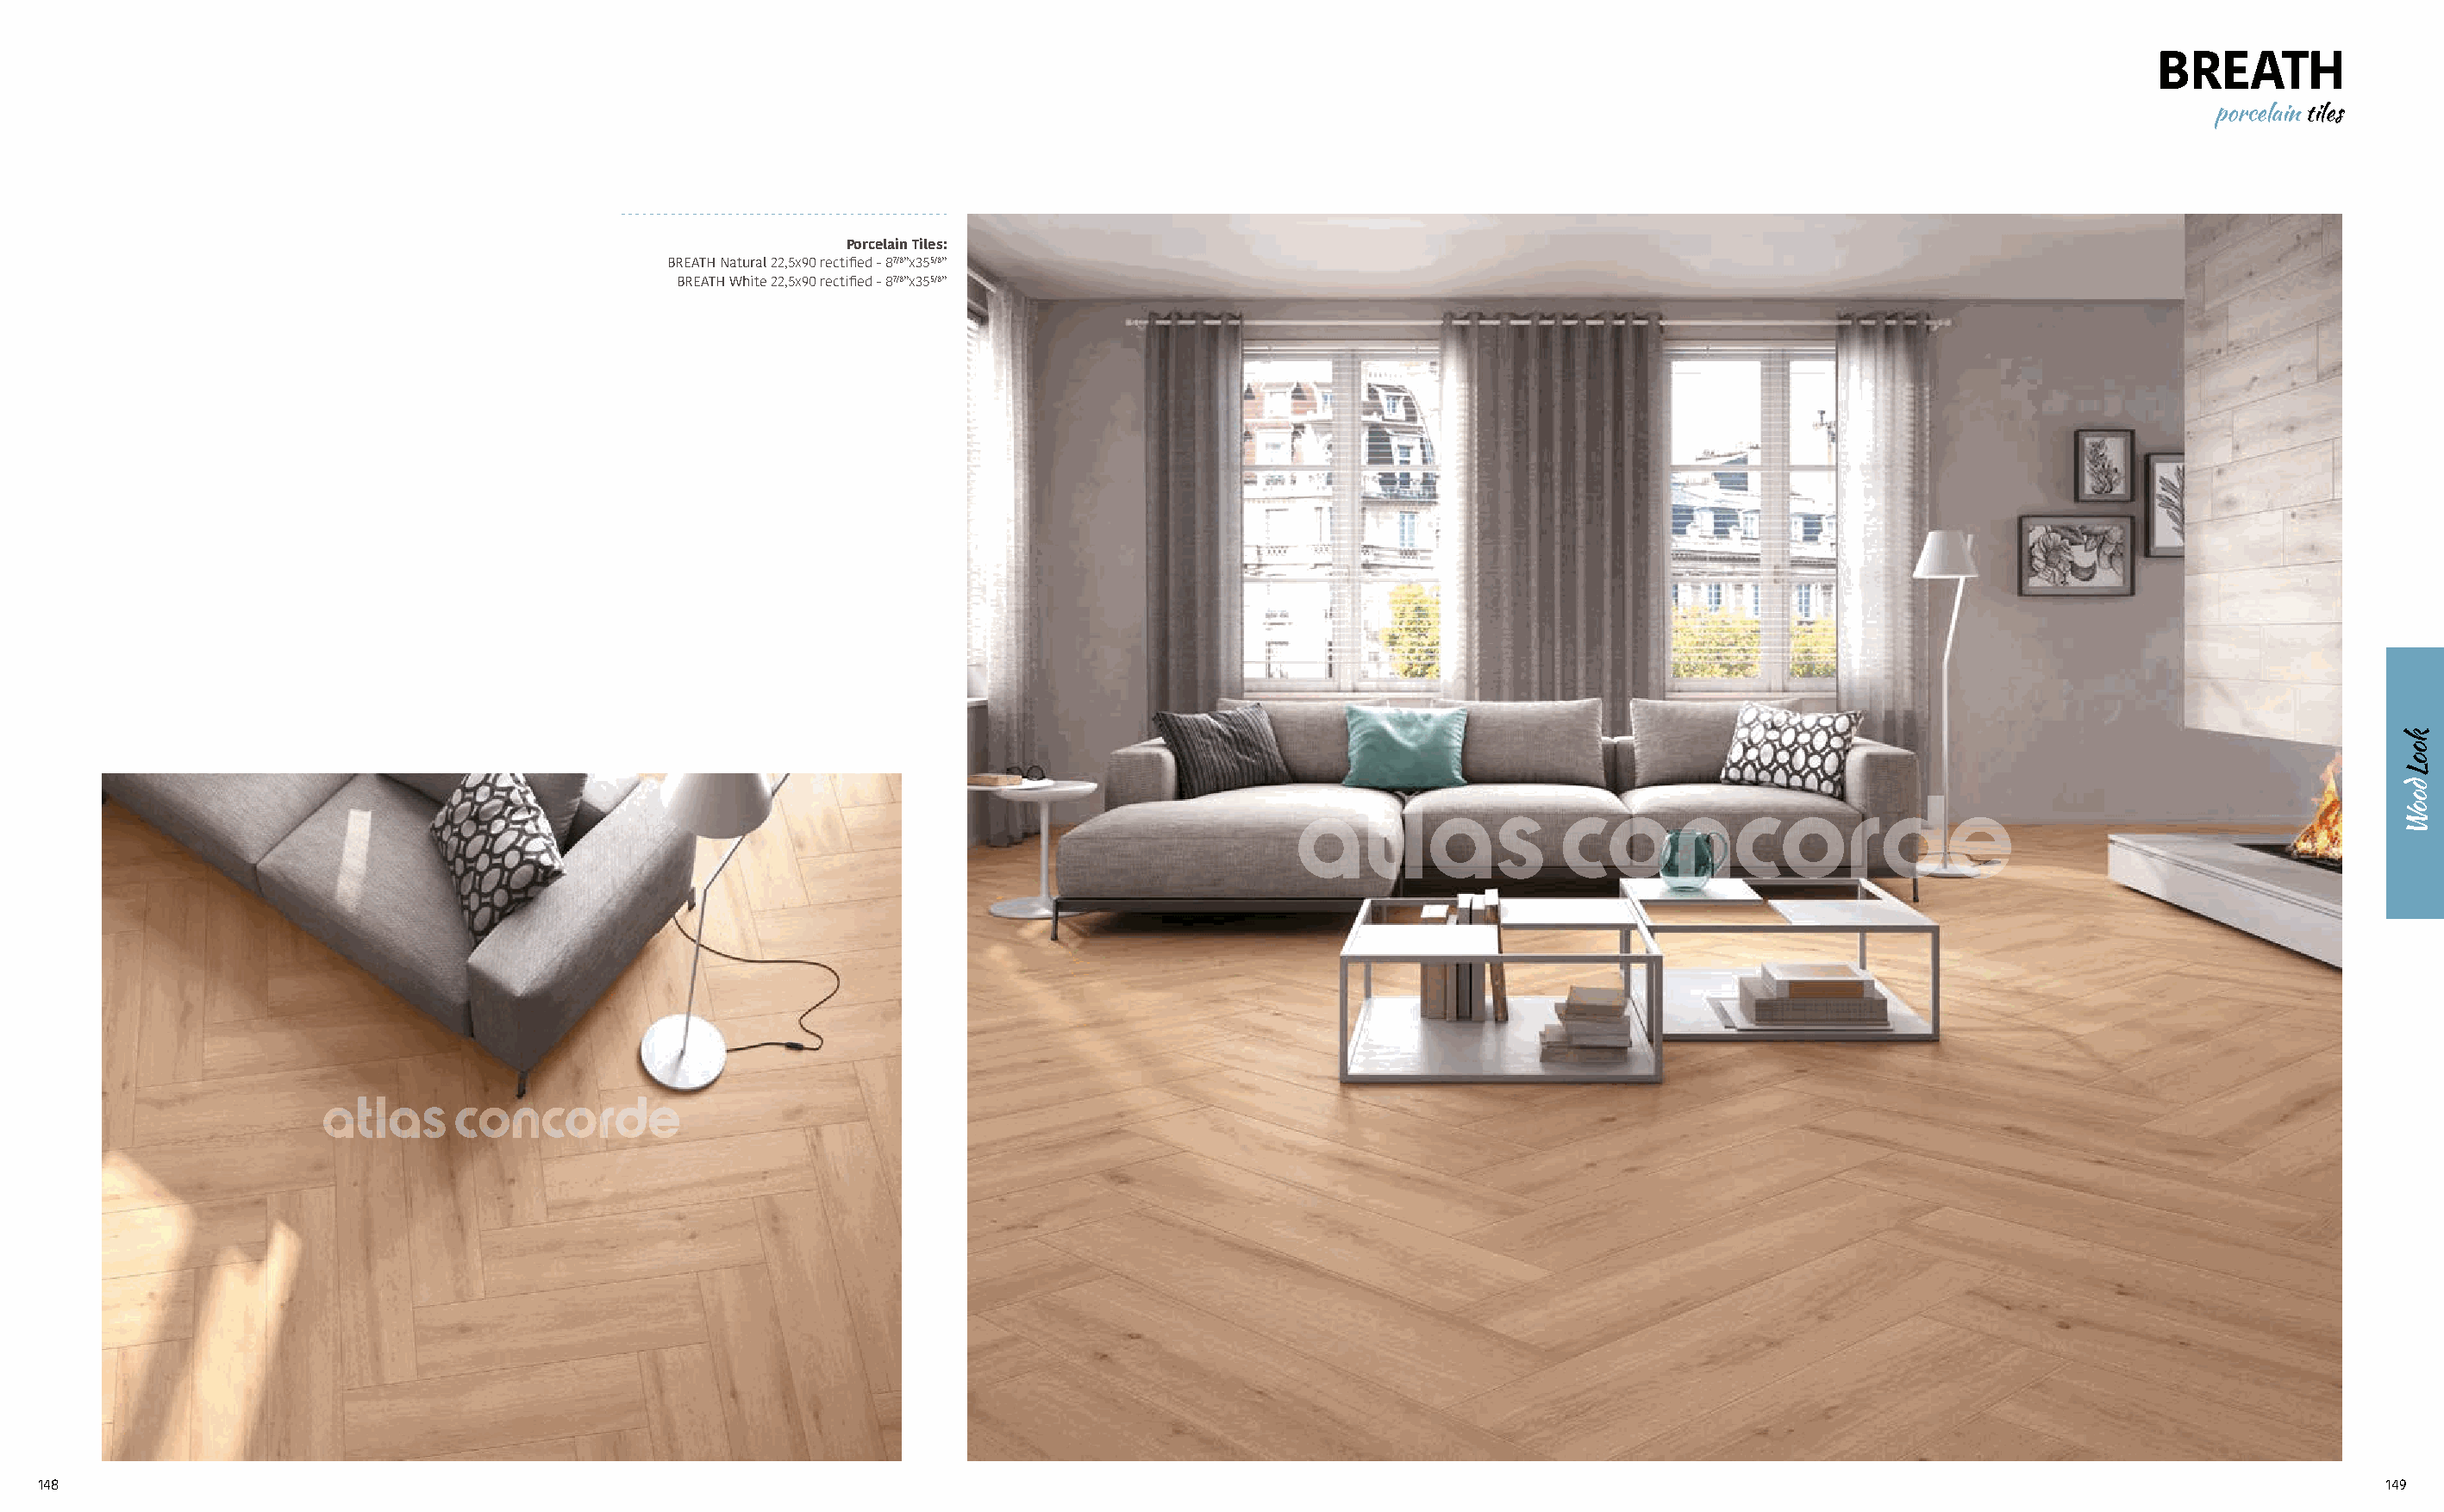
BREATH
 porcelain tiles
 Porcelain Tiles:
 BREATH Natural 22,5x90 rectified - 87/8”x355/8”
 BREATH White 22,5x90 rectified - 87/8”x355/8”
 148                                                                                                                                                                                 149
 kooL
 dooW